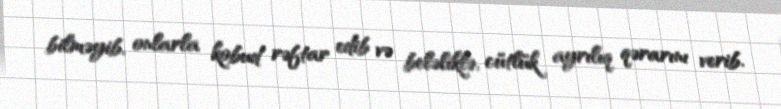
bilməyib, onlarla kobud rəftar edib və beləliklə, cütlük ayrılıq qərarını verib.